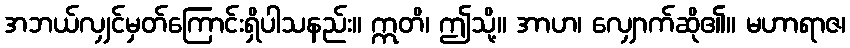
အဘယ်လျှင်မှတ်ကြောင်းရှိပါသနည်း။ ဣတိ၊ ဤသို့။ အာဟ၊ လျှောက်ဆို၏။ မဟာရာဇ၊